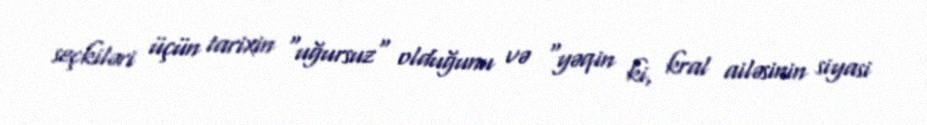
seçkiləri üçün tarixin "uğursuz" olduğunu və "yəqin ki, kral ailəsinin siyasi